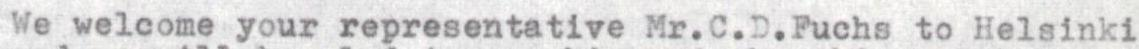
We welcome your representative Mr.C.D.Fuchs to Helsinki